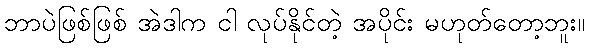
ဘာပဲဖြစ်ဖြစ် အဲဒါက ငါ လုပ်နိုင်တဲ့ အပိုင်း မဟုတ်တော့ဘူး။